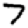
Digit: 7